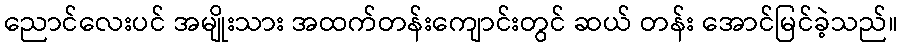
ညောင်လေးပင် အမျိုးသား အထက်တန်းကျောင်းတွင် ဆယ် တန်း အောင်မြင်ခဲ့သည်။